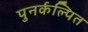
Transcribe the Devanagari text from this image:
पुनर्कल्पित